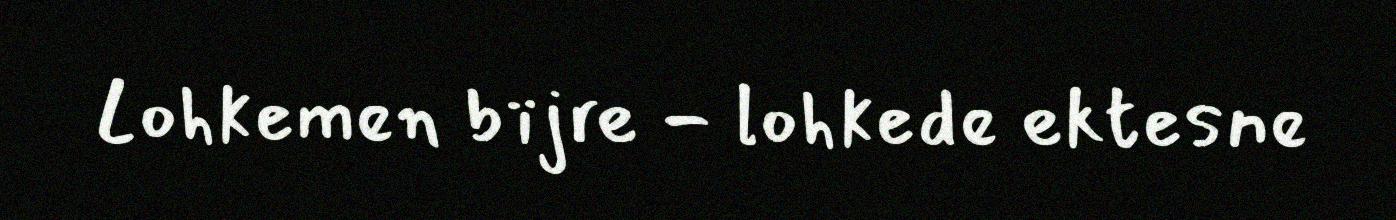
Lohkemen bïjre - lohkede ektesne